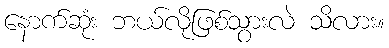
နောက်ဆုံး ဘယ်လိုဖြစ်သွားလဲ သိလား။